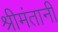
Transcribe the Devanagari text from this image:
श्रीमंतानी